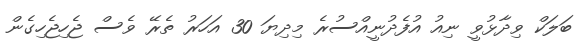
ބަލަކް ވިދާޅުވީ ނިއު އުފެދުނީއްސުރެ މިދިޔަ 30 އަހަރު ތެރޭ ވެސް ޖެހިޖެހިގެން